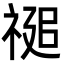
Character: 𮂂